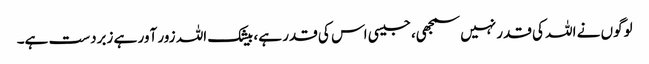
لوگوں نے اللہ کی قدر نہیں سمجھی، جیسی اس کی قدر ہے، بیشک اللہ زور آور ہے زبردست ہے۔